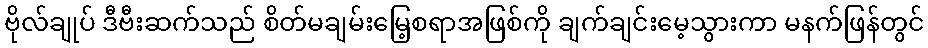
ဗိုလ်ချုပ် ဒီဗီးဆက်သည် စိတ်မချမ်းမြေ့စရာအဖြစ်ကို ချက်ချင်းမေ့သွားကာ မနက်ဖြန်တွင်